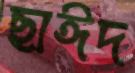
ছাঈদ